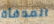
المدفأة